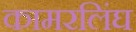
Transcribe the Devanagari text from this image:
कामरलिंघ